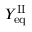
Y _ { \mathrm { e q } } ^ { \mathrm { I I } }